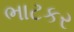
ભાટકર